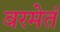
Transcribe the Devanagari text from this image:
वरमेतं